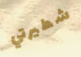
شطيرتي